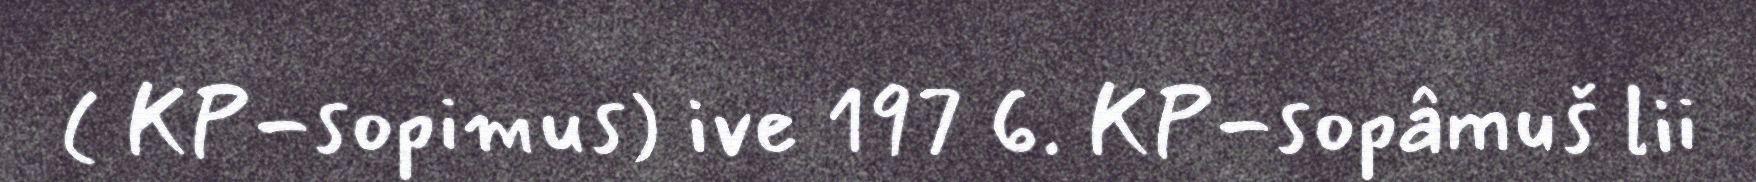
( KP-sopimus) ive 197 6. KP-sopâmuš lii